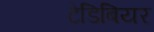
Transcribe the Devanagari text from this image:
टेडिबियर